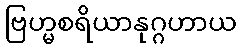
ဗြဟ္မစရိယာနုဂ္ဂဟာယ